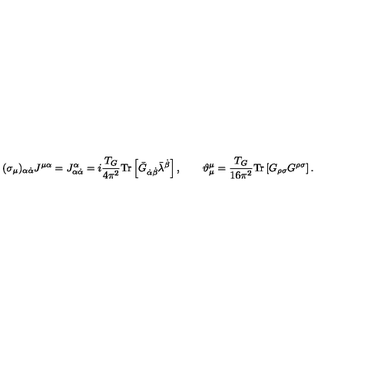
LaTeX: ( \sigma _ { \mu } ) _ { \alpha \dot { \alpha } } J ^ { \mu \alpha } = J _ { \alpha \dot { \alpha } } ^ { \alpha } = i \frac { T _ { G } } { 4 \pi ^ { 2 } } \mathrm { T r } \left[ \bar { G } _ { \dot { \alpha } \dot { \beta } } \bar { \lambda } ^ { \dot { \beta } } \right] , \qquad \vartheta _ { \mu } ^ { \mu } = \frac { T _ { G } } { 1 6 \pi ^ { 2 } } \mathrm { T r } \left[ G _ { \rho \sigma } G ^ { \rho \sigma } \right] .